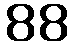
88